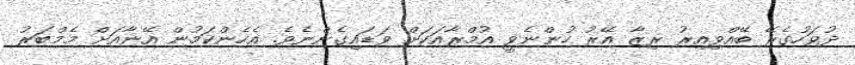
ދުވަހުގެރޭ ބޭއްވިއިރު ރިޒާ އޭރު ހުންނެވީ އުމްރާއަކަށް ވަޑައިގެންނެވެ. އެހެންކަމުން އޭނާއަށް މެމްބަރު